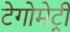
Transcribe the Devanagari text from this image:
टेगोमेट्री